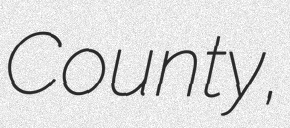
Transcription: County,